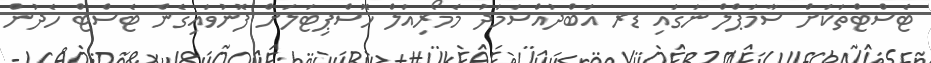
ޓެސްޓްތަކަށް ސާމަޕްލް ނަގައި ޑރ އަބްދުއްސަމަދު މެމޯރިއަލް ހޮސްޕިޓަލަށް ފޮނުވައިގެން ޓެސްޓް ހެދުން